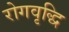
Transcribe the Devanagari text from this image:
रोगवृद्धि